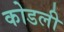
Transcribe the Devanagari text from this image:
कोडली